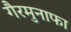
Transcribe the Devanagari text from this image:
गैरमुनाफा